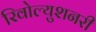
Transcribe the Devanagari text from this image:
रिवोल्युशनरी